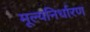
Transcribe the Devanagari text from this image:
मूल्‍यनिर्धारण